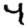
Digit: 4